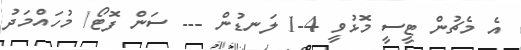
އެ މެޗުން ޓީސީ މޮޅުވީ 4-1 ލަނޑުން --- ސަން ފޮޓޯ/ މުހައްމަދު